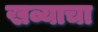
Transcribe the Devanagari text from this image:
खव्याचा